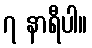
၇ နာရီပါ။